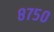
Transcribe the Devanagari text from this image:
८७५०